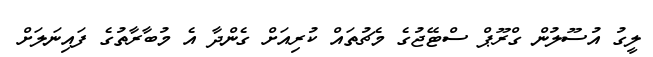
ލީގު އުސޫލުން ގްރޫޕް ސްޓޭޖުގެ މެޗުތައް ކުރިއަށް ގެންދާ އެ މުބާރާތުގެ ފައިނަލަށް